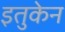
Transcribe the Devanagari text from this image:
इतुकेन